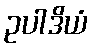
ဥပါဒိယံ